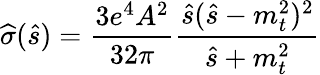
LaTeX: \widehat{\sigma}(\widehat{s})=\frac{3e^{4}A^{2}}{32\pi}\frac{\widehat{s}(\widehat{s}-m_{t}^{2})^{2}}{\widehat{s}+m_{t}^{2}}